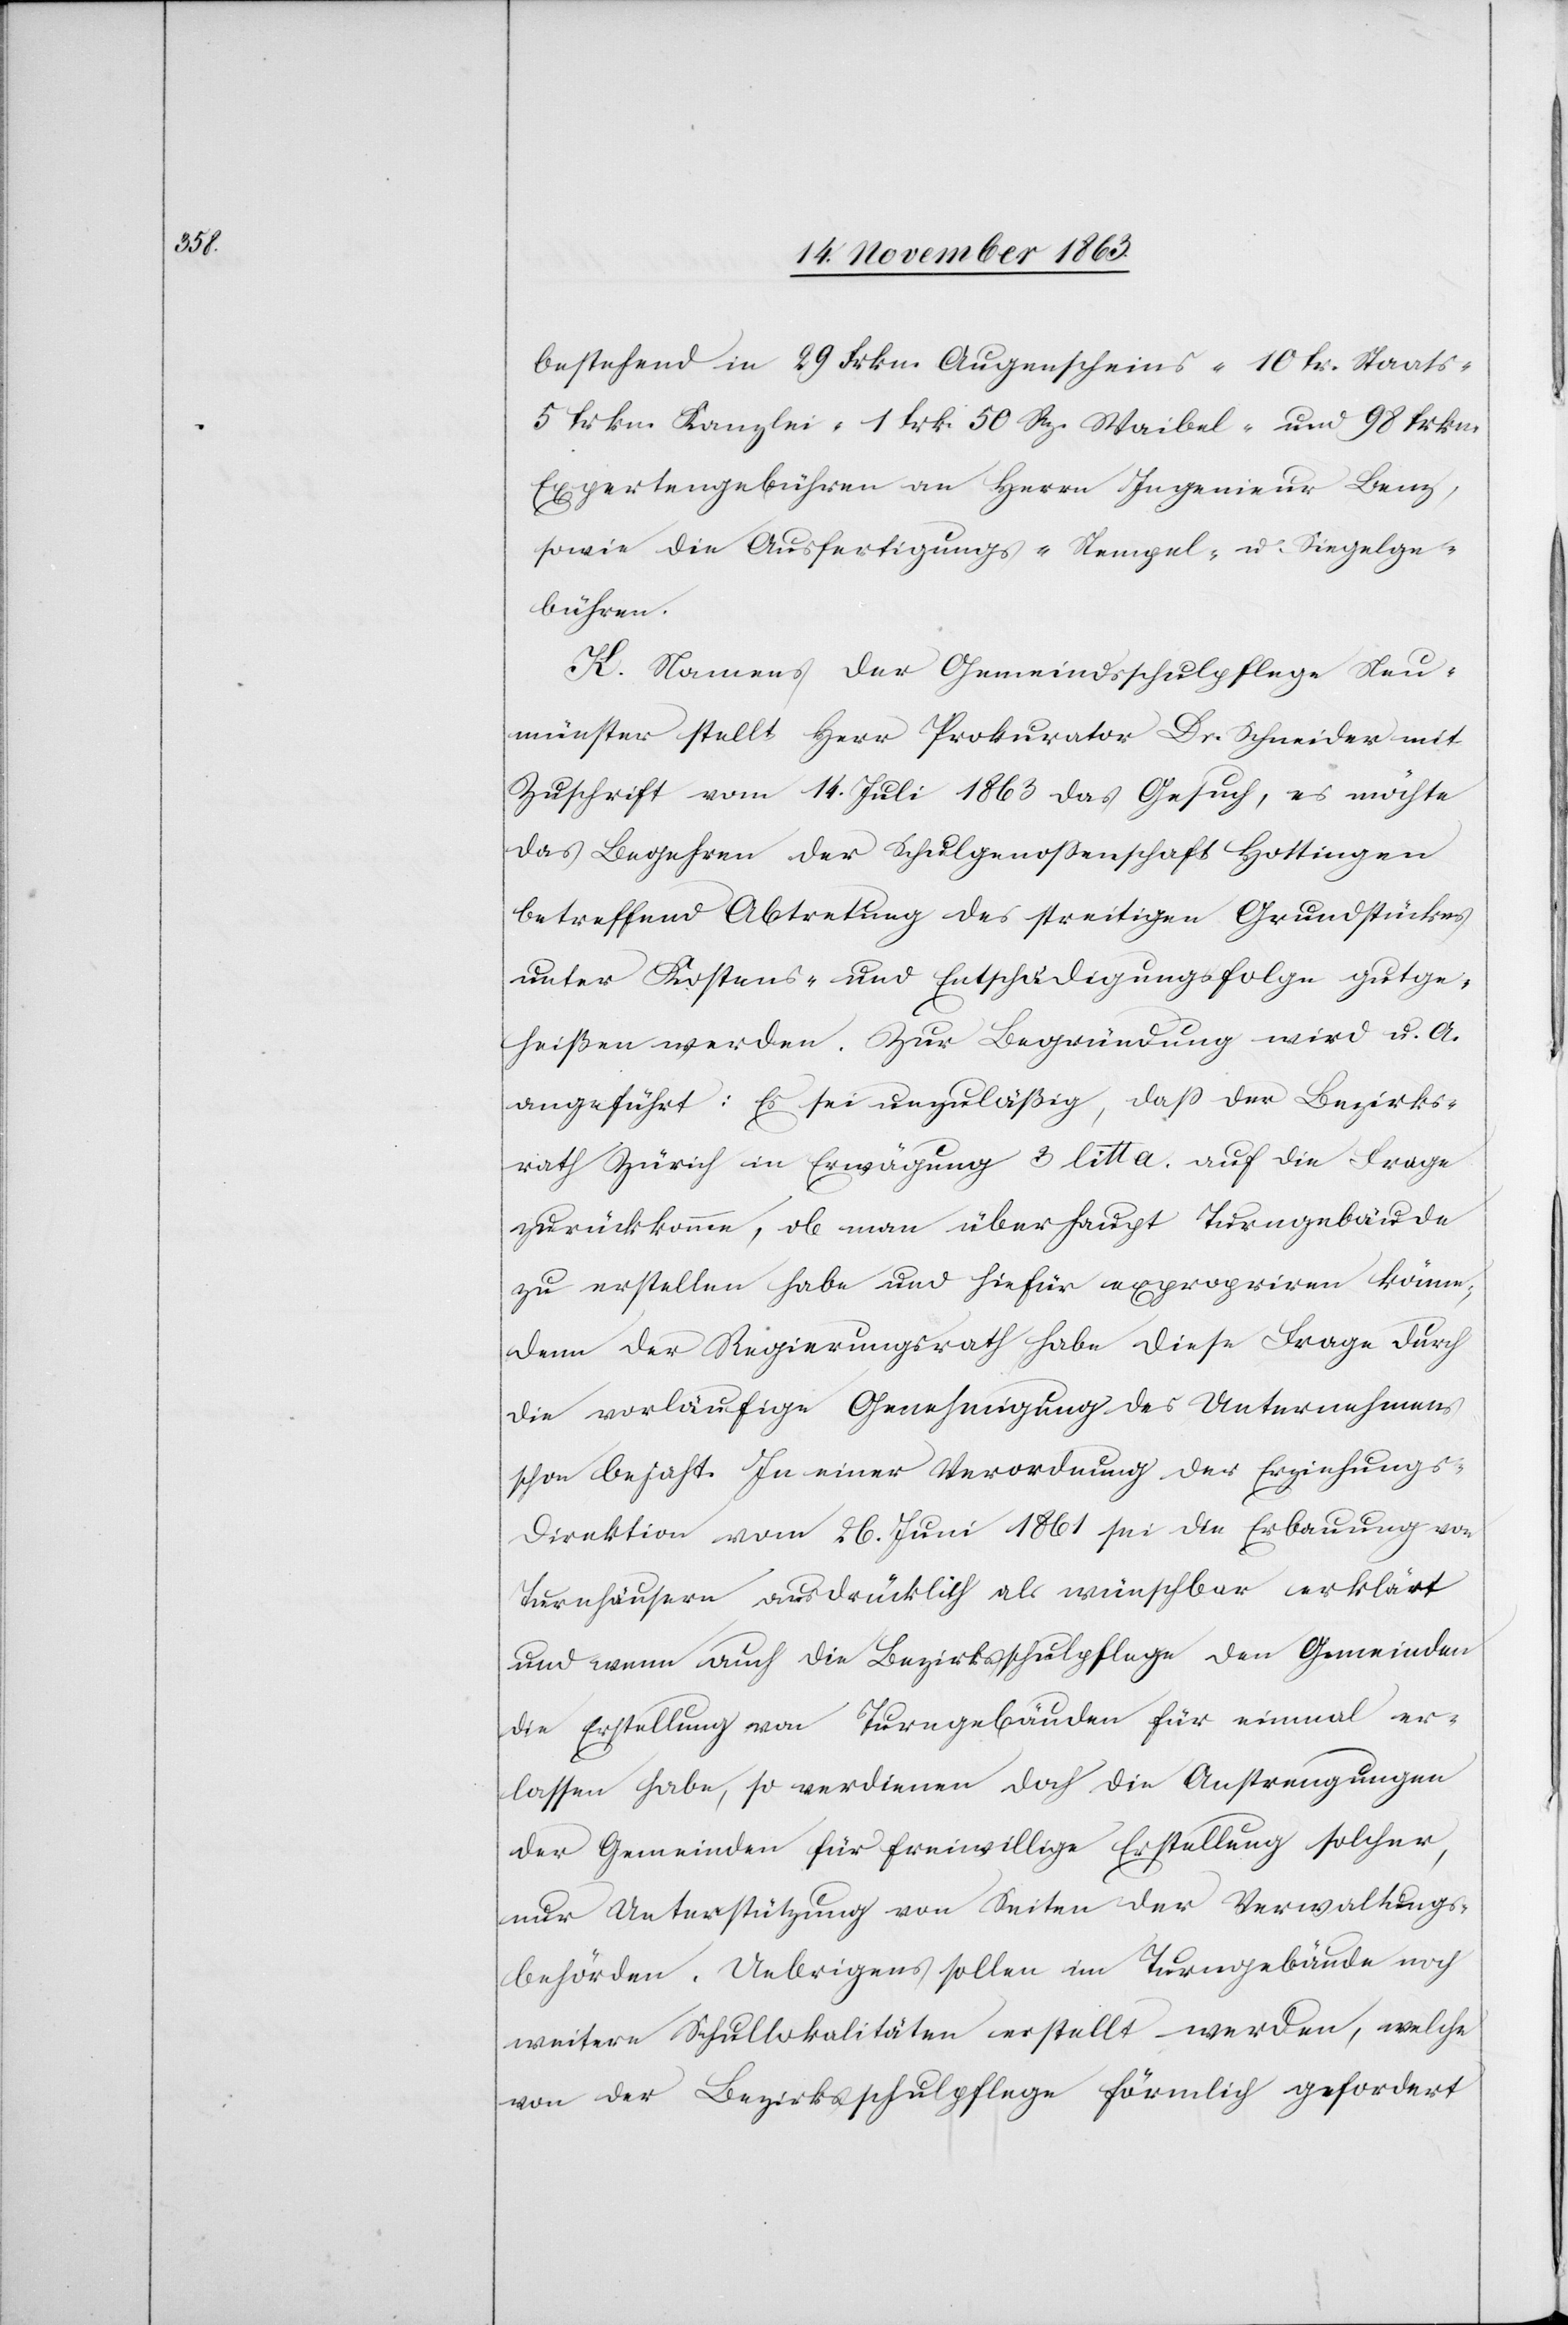
bestehend in 29 Frkn. Augenscheins-[,] 10 fr. Staats-[,]
5 frkn. Kanzlei-[,] 1 frk 50 Rp. Waibel- und 98 frkn.
Expertengebühren an Herrn Ingenieur Benz,
sowie die Ausfertigungs-[,] Stempel- u. Siegelge¬
bühren.
K. Namens der Gemeindsschulpflege Neu¬
münster stellt Herr Prokurator Dr. Schneider mit
Zuschrift vom 14. Juli 1863 das Gesuch, es möchte
das Begehren der Schulgenossenschaft Hottingen
betreffend Abtretung des streitigen Grundstückes
unter Kostens- und Entschädigungsfolge gutge¬
heißen werden. Zur Begründung wird u. A.
angeführt: Es sei unzuläßig, dass der Bezirks¬
rath Zürich in Erwägung 3 litt a. auf die Frage
zurückkomme, ob man überhaupt Turngebäude
zu erstellen habe und hiefür expropriren könne;
denn der Regierungsrath habe diese Frage durch
die vorläufige Genehmigung des Unternehmens
schon bejaht. In einer Verordnung der Erziehung¬
s-Direktion vom 26. Juni 1861 sei die Erbauung von
Turnhäusern ausdrücklich als wünschbar erklärt
und wenn auch die Bezirksschulpflege den Gemeinden
die Erstellung von Turngebäuden für einmal er¬
lassen habe, so verdienen doch die Anstrengungen
der Gemeinden für freiwillige Erstellung solcher,
nur Unterstützung von Seiten der Verwaltungs¬
behörden. Uebrigens sollen im Turngebäude noch
weitere Schullokalitäten erstellt werden, welche
von der Bezirksschulpflege förmlich gefordert